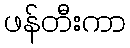
ဖန်တီးကာ